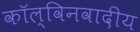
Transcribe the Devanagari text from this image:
कॉल्विनवादीय